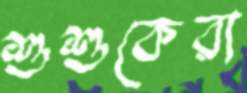
শুশুকেরা